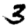
Digit: 3